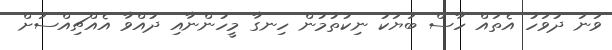
ވަނަ ދުވަހު އެތައް ހާސް ބަޔަކު ނިކުތުމުން ހިނގާ މީހުންނާއި ދުއްވާ އެއްޗިއްސަށް